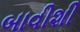
બાવીશી